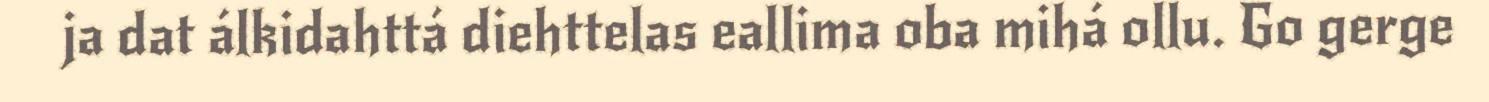
ja dat álkidahttá diehttelas eallima oba mihá ollu. Go gerge